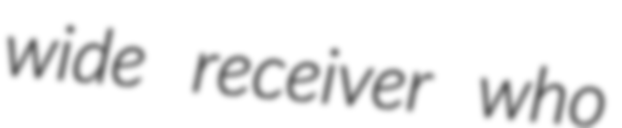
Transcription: wide receiver who